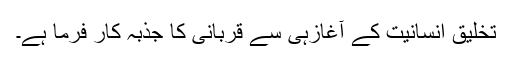
تخلیق انسانیت کے آغازہی سے قربانی کا جذبہ کار فرما ہے۔